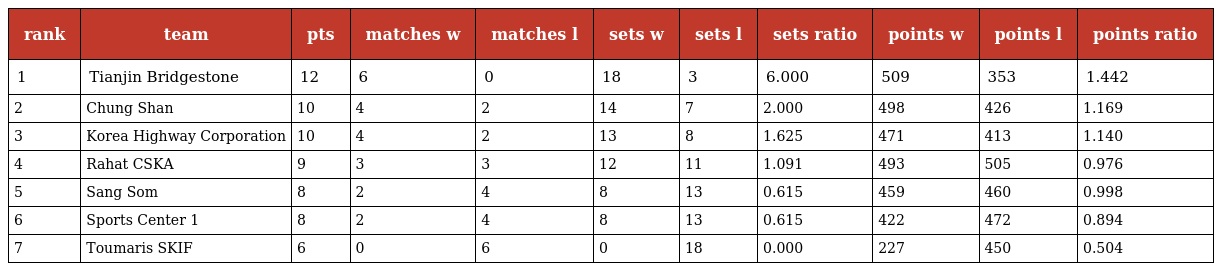
| rank | team | pts | matches w | matches l | sets w | sets l | sets ratio | points w | points l | points ratio |
 | --- | --- | --- | --- | --- | --- | --- | --- | --- | --- | --- |
 | 1 | Tianjin Bridgestone | 12 | 6 | 0 | 18 | 3 | 6.000 | 509 | 353 | 1.442 |
 | 2 | Chung Shan | 10 | 4 | 2 | 14 | 7 | 2.000 | 498 | 426 | 1.169 |
 | 3 | Korea Highway Corporation | 10 | 4 | 2 | 13 | 8 | 1.625 | 471 | 413 | 1.140 |
 | 4 | Rahat CSKA | 9 | 3 | 3 | 12 | 11 | 1.091 | 493 | 505 | 0.976 |
 | 5 | Sang Som | 8 | 2 | 4 | 8 | 13 | 0.615 | 459 | 460 | 0.998 |
 | 6 | Sports Center 1 | 8 | 2 | 4 | 8 | 13 | 0.615 | 422 | 472 | 0.894 |
 | 7 | Toumaris SKIF | 6 | 0 | 6 | 0 | 18 | 0.000 | 227 | 450 | 0.504 |